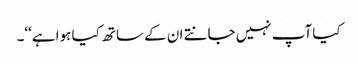
کیا آپ نہیں جانتے ان کے ساتھ کیا ہوا ہے‘‘۔